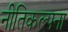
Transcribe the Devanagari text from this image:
नीतिकल्पना